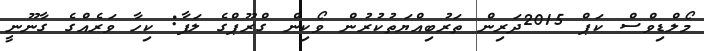
މޯލްޑިވްސް ކަޕް 2015ދަރިން ތަރުބިއްޔަތުކުރުން ވޯކިން ގްރޫޕްގެ ލަފާ: ކިހާ ވަރެއްގެ ގާނޫނީ